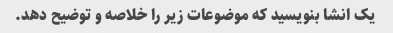
یک انشا بنویسید که موضوعات زیر را خلاصه و توضیح دهد.